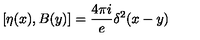
[ \eta ( x ) , B ( y ) ] = \frac { 4 \pi i } { e } \delta ^ { 2 } ( x - y )